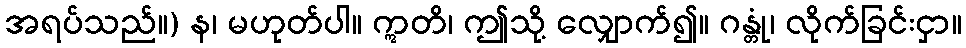
အရပ်သည်။) န၊ မဟုတ်ပါ။ ဣတိ၊ ဤသို့ လျှောက်၍။ ဂန္တုံ၊ လိုက်ခြင်းငှာ။